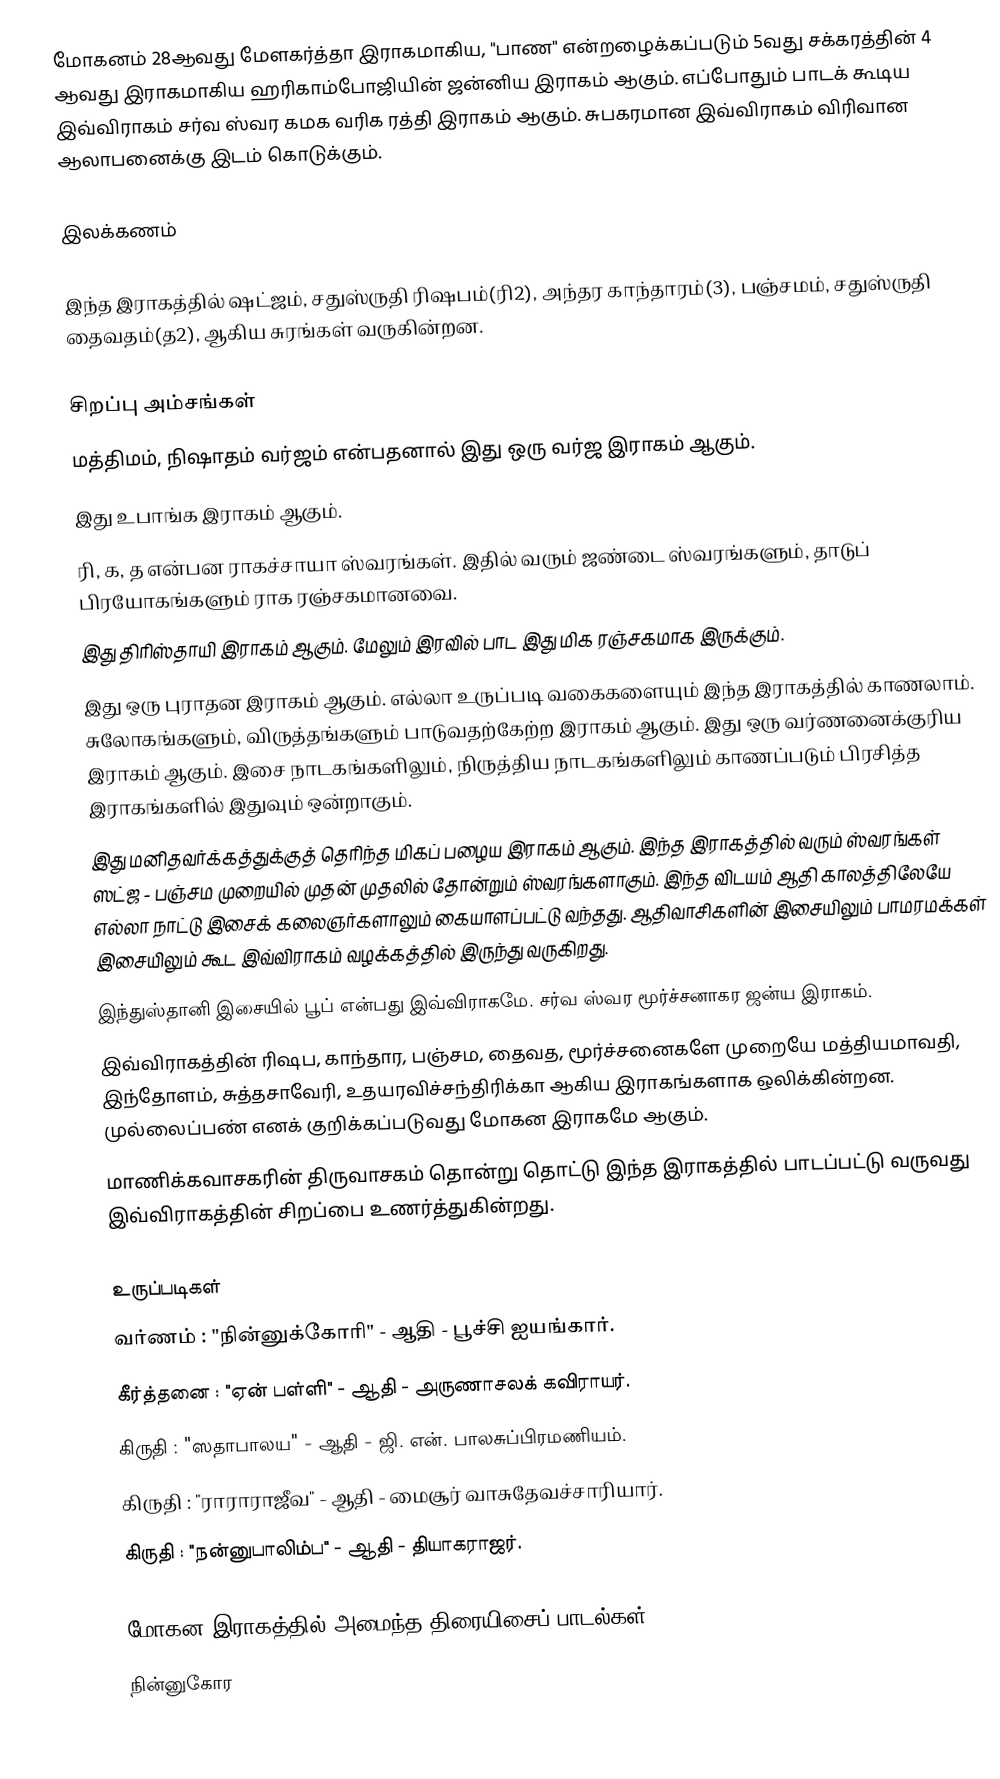
மோகனம் 28ஆவது மேளகர்த்தா இராகமாகிய, "பாண" என்றழைக்கப்படும் 5வது சக்கரத்தின் 4 ஆவது இராகமாகிய ஹரிகாம்போஜியின் ஜன்னிய இராகம் ஆகும். எப்போதும் பாடக் கூடிய இவ்விராகம் சர்வ ஸ்வர கமக வரிக ரத்தி இராகம் ஆகும். சுபகரமான இவ்விராகம் விரிவான ஆலாபனைக்கு இடம் கொடுக்கும்.

இலக்கணம்

 இந்த இராகத்தில் ஷட்ஜம், சதுஸ்ருதி ரிஷபம்(ரி2), அந்தர காந்தாரம்(3), பஞ்சமம், சதுஸ்ருதி தைவதம்(த2), ஆகிய சுரங்கள் வருகின்றன.

சிறப்பு அம்சங்கள்
 மத்திமம், நிஷாதம் வர்ஜம் என்பதனால் இது ஒரு வர்ஜ இராகம் ஆகும்.
 இது உபாங்க இராகம் ஆகும்.
 ரி, க, த என்பன ராகச்சாயா ஸ்வரங்கள். இதில் வரும் ஜண்டை ஸ்வரங்களும், தாடுப் பிரயோகங்களும் ராக ரஞ்சகமானவை.
 இது திரிஸ்தாயி இராகம் ஆகும். மேலும் இரவில் பாட இது மிக ரஞ்சகமாக இருக்கும்.
 இது ஒரு புராதன இராகம் ஆகும். எல்லா உருப்படி வகைகளையும் இந்த இராகத்தில் காணலாம். சுலோகங்களும், விருத்தங்களும் பாடுவதற்கேற்ற இராகம் ஆகும். இது ஒரு வர்ணனைக்குரிய இராகம் ஆகும். இசை நாடகங்களிலும், நிருத்திய நாடகங்களிலும் காணப்படும் பிரசித்த இராகங்களில் இதுவும் ஒன்றாகும்.
 இது மனிதவர்க்கத்துக்குத் தெரிந்த மிகப் பழைய இராகம் ஆகும். இந்த இராகத்தில் வரும் ஸ்வரங்கள் ஸட்ஜ - பஞ்சம முறையில் முதன் முதலில் தோன்றும் ஸ்வரங்களாகும். இந்த விடயம் ஆதி காலத்திலேயே எல்லா நாட்டு இசைக் கலைஞர்களாலும் கையாளப்பட்டு வந்தது. ஆதிவாசிகளின் இசையிலும் பாமரமக்கள் இசையிலும் கூட இவ்விராகம் வழக்கத்தில் இருந்து வருகிறது.
 இந்துஸ்தானி இசையில் பூப் என்பது இவ்விராகமே. சர்வ ஸ்வர மூர்ச்சனாகர ஜன்ய இராகம்.
 இவ்விராகத்தின் ரிஷப, காந்தார, பஞ்சம, தைவத, மூர்ச்சனைகளே முறையே மத்தியமாவதி, இந்தோளம், சுத்தசாவேரி, உதயரவிச்சந்திரிக்கா ஆகிய இராகங்களாக ஒலிக்கின்றன. முல்லைப்பண் எனக் குறிக்கப்படுவது மோகன இராகமே ஆகும்.
 மாணிக்கவாசகரின் திருவாசகம் தொன்று தொட்டு இந்த இராகத்தில் பாடப்பட்டு வருவது இவ்விராகத்தின் சிறப்பை உணர்த்துகின்றது.

உருப்படிகள்
 வர்ணம்	: "நின்னுக்கோரி"	- ஆதி		- பூச்சி ஐயங்கார்.
 கீர்த்தனை	: "ஏன் பள்ளி"	- ஆதி		- அருணாசலக் கவிராயர்.
 கிருதி	: "ஸதாபாலய"	- ஆதி		- ஜி. என். பாலசுப்பிரமணியம்.
 கிருதி	: "ராராராஜீவ"	- ஆதி		- மைசூர் வாசுதேவச்சாரியார்.
 கிருதி	: "நன்னுபாலிம்ப"	- ஆதி		- தியாகராஜர்.

மோகன இராகத்தில் அமைந்த திரையிசைப் பாடல்கள்
 நின்னுகோர